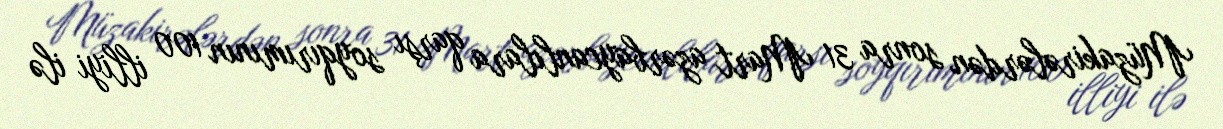
Müzakirələrdən sonra 31 Mart azərbaycanlılara qarşı soyqırımının 100 illiyi ilə